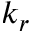
k _ { r }